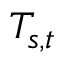
T _ { s , t }